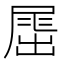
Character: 𡲶